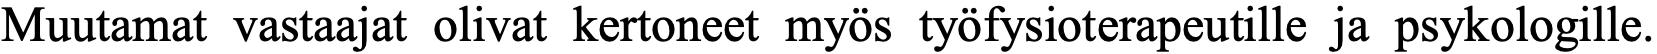
Muutamat vastaajat olivat kertoneet myös työfysioterapeutille ja psykologille.